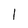
Character: 1